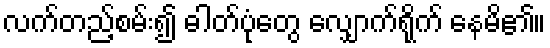
လက်တည့်စမ်း၍ ဓါတ်ပုံတွေ လျှောက်ရိုက် နေမိ၏။